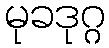
မုခဒုဂ္ဂ